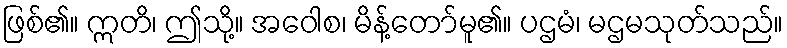
ဖြစ်၏။ ဣတိ၊ ဤသို့။ အဝေါစ၊ မိန့်တော်မူ၏။ ပဌမံ၊ မဌမသုတ်သည်။